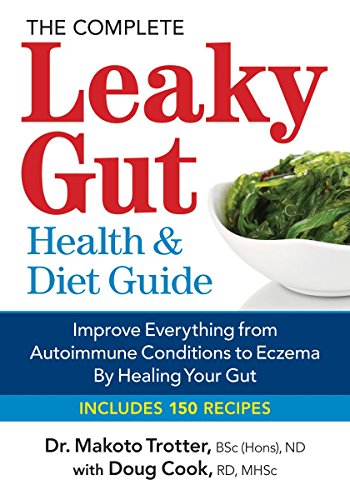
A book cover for The Complete Leaky Gut Health and Diet Guide: Improve Everything from Autoimmune Conditions to Eczema by Healing Your Gut; Dr. Makoto Trotter; Health, Fitness & Dieting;